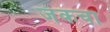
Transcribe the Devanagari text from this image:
जॅकचा